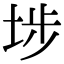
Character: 埗